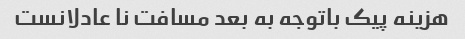
هزینه پیک باتوجه به بعد مسافت نا عادلانست